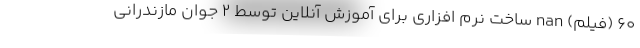
۶۰ (فیلم) nan ساخت نرم افزاری برای آموزش آنلاین توسط 2 جوان مازندرانی